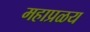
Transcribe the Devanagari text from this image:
महाप्रळय